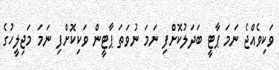
ވަކިވެއްޖެ ނަމަ ޕާޓީ ބަދަލުކޮށްފި ނަމަ ނުވަތަ ޕާޓީން ވަކިކޮށްފި ނަމަ މަޖިލީހުގެ